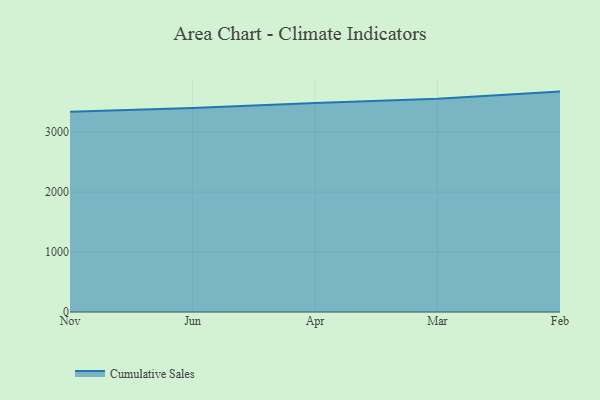
{"axis": {"x": "Month", "y": "Operating Costs (USD K)"}, "legend": ["Cumulative Sales"], "data": [{"x": "Nov", "y": 3340.3, "type": "Cumulative Sales"}, {"x": "Jun", "y": 3400.7, "type": "Cumulative Sales"}, {"x": "Apr", "y": 3484.8, "type": "Cumulative Sales"}, {"x": "Mar", "y": 3554.7, "type": "Cumulative Sales"}, {"x": "Feb", "y": 3675.7, "type": "Cumulative Sales"}]}